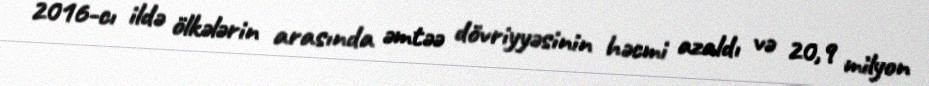
2016-cı ildə ölkələrin arasında əmtəə dövriyyəsinin həcmi azaldı və 20,9 milyon